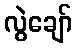
လွဲချော်